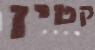
קטין